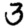
Digit: 3